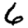
Digit: 6